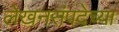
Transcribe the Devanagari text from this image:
लेखनसंपदेच्या